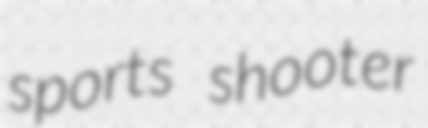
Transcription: sports shooter